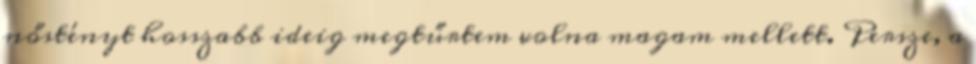
nőstényt hosszabb ideig megtűrtem volna magam mellett. Persze, a